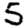
Digit: 5